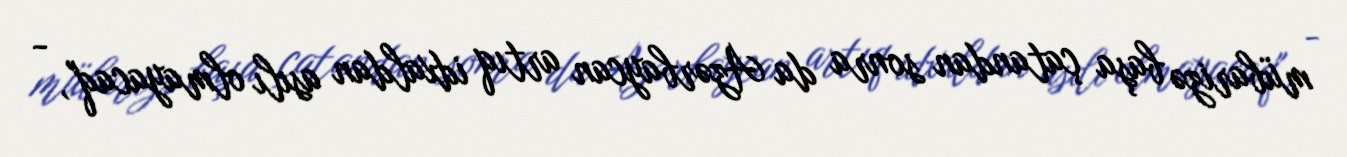
mübarizə başa çatandan sonra da Azərbaycan artıq idxaldan asılı olmayacaq", -